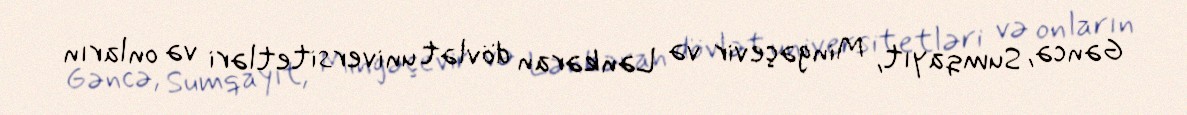
Gəncə, Sumqayıt, Mingəçevir və Lənkəran dövlət universitetləri və onların